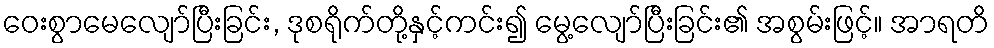
ဝေးစွာမေလျော်ပြီးခြင်း, ဒုစရိုက်တို့နှင့်ကင်း၍ မွေ့လျော်ပြီးခြင်း၏ အစွမ်းဖြင့်။ အာရတိ